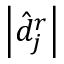
\left\lvert \hat { d } _ { j } ^ { r } \right\rvert